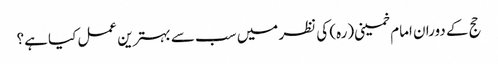
حج کے دوران امام خمینی(رہ) کی نظر میں سب سے بہترین عمل کیا ہے؟